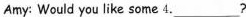
Amy: Would you like some 4.___?